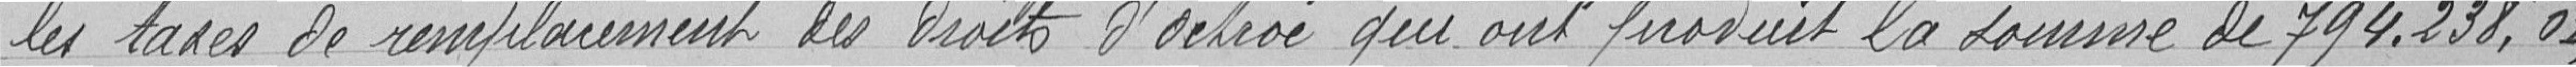
les taxes de remplacement des droits d'Octroi qui ont produit la somme de 794.238,01 francs.